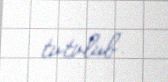
tutulub.